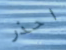
احذر